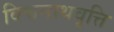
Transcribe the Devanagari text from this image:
विश्वनाथवृत्ति